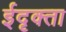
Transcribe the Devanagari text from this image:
ईदृक्ता